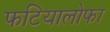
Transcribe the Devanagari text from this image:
फटियालोफा